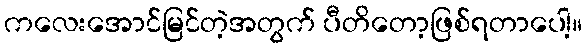
ကလေးအောင်မြင်တဲ့အတွက် ပီတိတော့ဖြစ်ရတာပေါ့။